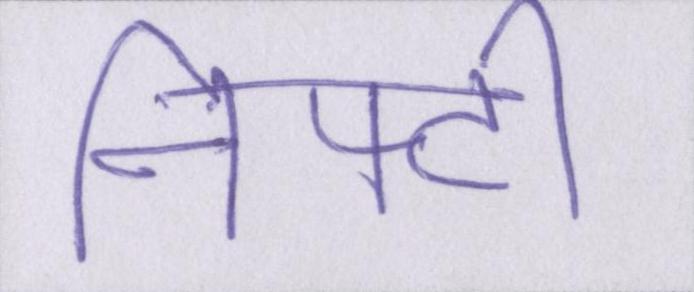
निफ्टी